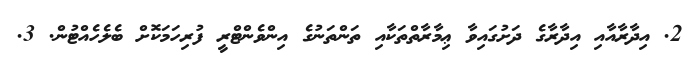
2. އިދާރާއާއި އިދާރާގެ ދަށުގައިވާ ޢިމާރާތްތަކާއި ތަންތަނުގެ އިންވެންޓްރީ ފުރިހަމަކޮށް ބެލެހެއްޓުން. 3.